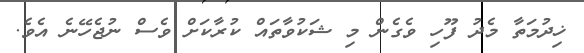
ޚިދުމަތާ މެދު ފޫހި ވެގެން މި ޝަކުވާތައް ކުރާކަށް ވެސް ނުޖެހޭނެ އެވެ.